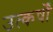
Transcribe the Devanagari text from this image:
उत्कर्षों